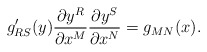
\begin{align*} g^\prime_{RS}(y) \frac{\partial y^R}{\partial x^M} \frac{\partial y^S}{\partial x^N} = g_{MN}(x).\end{align*}